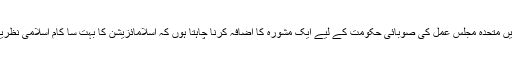
ان مشوروں کے ساتھ میں اپنی طرف سے سرحد میں متحدہ مجلس عمل کی صوبائی حکومت کے لیے ایک مشورہ کا اضافہ کرنا چاہتا ہوں کہ اسلامائزیشن کا بہت سا کام اسلامی نظریاتی کونسل کی سفارشات کی شکل میں موجود ہے۔